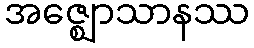
အဇ္ဈောသာနဿ